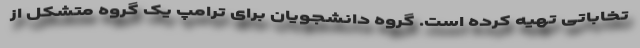
تخاباتی تهیه کرده است. گروه دانشجویان برای ترامپ یک گروه متشکل از